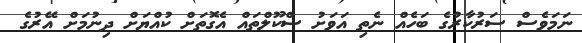
ނަމަވެސް ސަރުކާރުގެ ބަހެއް ނެތި އަވަށު ސްކޫލްތައް އެގޮތަށް ކުއްޔަށް ދިނުމަށް އޭރުގެ